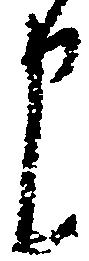
申